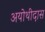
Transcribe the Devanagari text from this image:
अयोथीदास